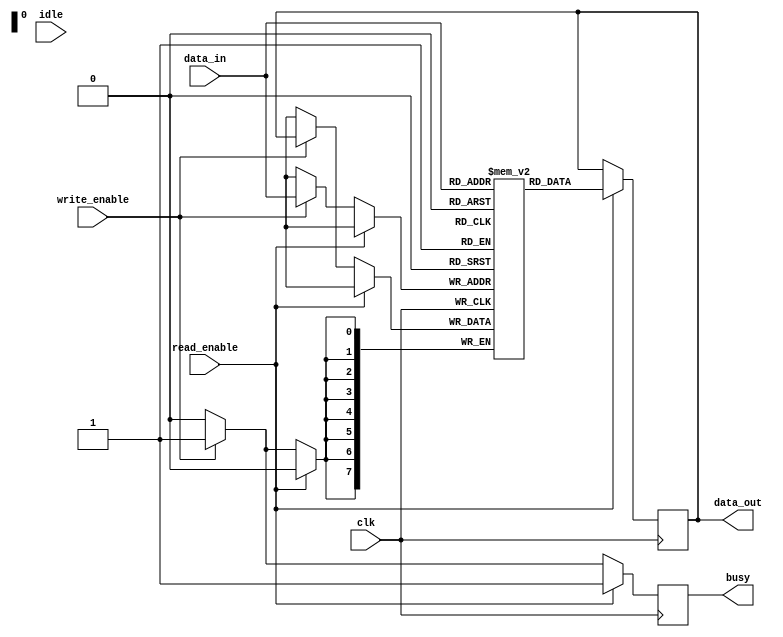
module memory_block (
    input wire clk,
    input wire read_enable,
    input wire write_enable,
    input wire idle,
    output reg [7:0] data_out,
    input wire [7:0] data_in,
    output reg busy
);
    reg [7:0] memory [0:255]; // 256 x 8-bit memory array

    always @(posedge clk) begin
        if (read_enable) begin
            data_out <= memory[data_in]; // Read operation
            busy <= 1'b1;
        end else if (write_enable) begin
            memory[data_in] <= data_out; // Write operation
            busy <= 1'b1;
        end else begin
            busy <= 1'b0; // Idle state
        end
    end
endmodule